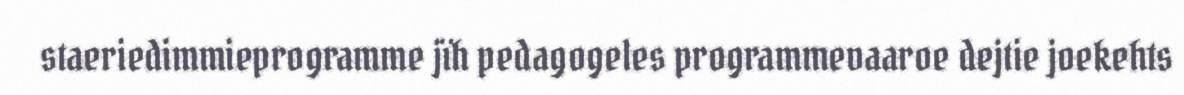
staeriedimmieprogramme jïh pedagogeles programmevaaroe dejtie joekehts